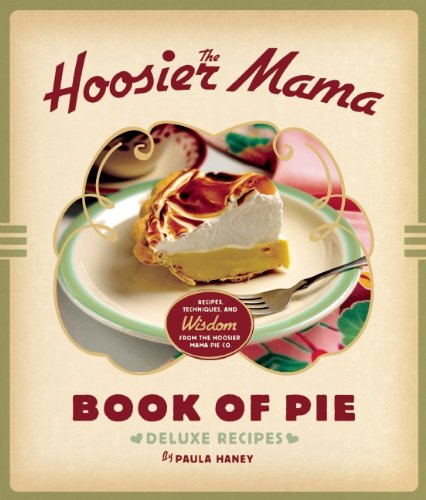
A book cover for The Hoosier Mama Book of Pie: Recipes, Techniques, and Wisdom from the Hoosier Mama Pie Company; Paula Haney; Cookbooks, Food & Wine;